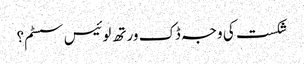
شکست کی وجہ ڈک ورتھ لوئیس سسٹم؟